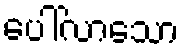
ပေါ်လာသော